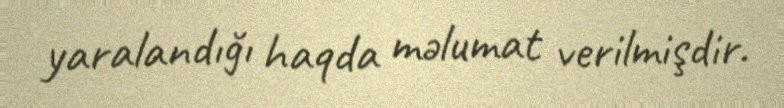
yaralandığı haqda məlumat verilmişdir.